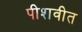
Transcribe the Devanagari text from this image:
पीशवीत